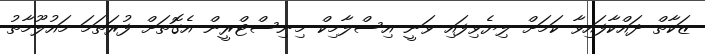
ޒަކާތް ދައްކާފައިވާ ކަމަށް ލިޔެވިފައި ވަނީ އިސްލާމިކް މިނިސްޓްރީން އެގޮތަށް ފުރަތަމަ މައުލޫމާތު